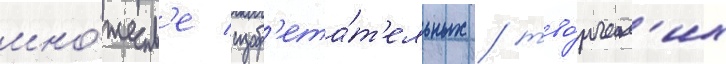
мно́жеств'е изобр'ета́т'ельных / тво́рческ'их